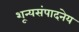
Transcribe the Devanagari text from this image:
शून्यसंपादनेय